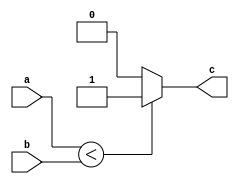
`timescale 1ns / 1ps
//////////////////////////////////////////////////////////////////////////////////
// Company: 
// Engineer: 
// 
// Design Name: 
// Module Name:    t1ltt2 
// Project Name: 
// Target Devices: 
// Tool versions: 
// Description: 
//
// Dependencies: 
//
// Revision: 
// Revision 0.01 - File Created
// Additional Comments: 
//
//////////////////////////////////////////////////////////////////////////////////
module t1ltt2(a,b,c);

input [7:0] a,b;
output reg c;

always @(a or b ) begin
	if (a<b)
		c <=1;
	else
		c<=0;
end

endmodule